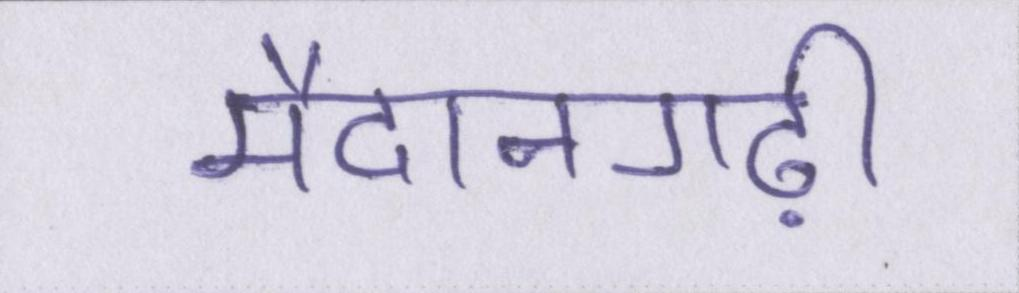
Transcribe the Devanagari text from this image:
मैदानगढ़ी